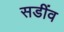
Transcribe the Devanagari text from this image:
सडींव